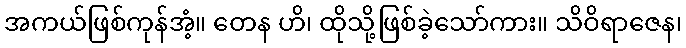
အကယ်ဖြစ်ကုန်အံ့။ တေန ဟိ၊ ထိုသို့ဖြစ်ခဲ့သော်ကား။ သိဝိရာဇေန၊